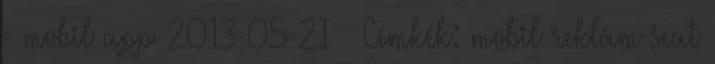
- mobil app 2013-05-21 – Címkék: mobil reklám seat